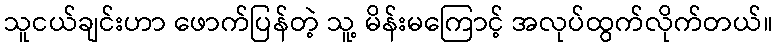
သူငယ်ချင်းဟာ ဖောက်ပြန်တဲ့ သူ့ မိန်းမကြောင့် အလုပ်ထွက်လိုက်တယ်။